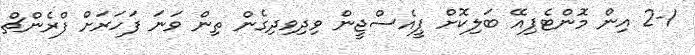
2-1 އިން މޮންޓެޕިއޭ ބަލިކޮށް ޕީއެސްޖީން ވިދިވިދިގެން ތިން ވަނަ ފަހަރަށް ފްރެންޗް